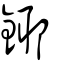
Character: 鎁